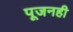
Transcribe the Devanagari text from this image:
पूजनही